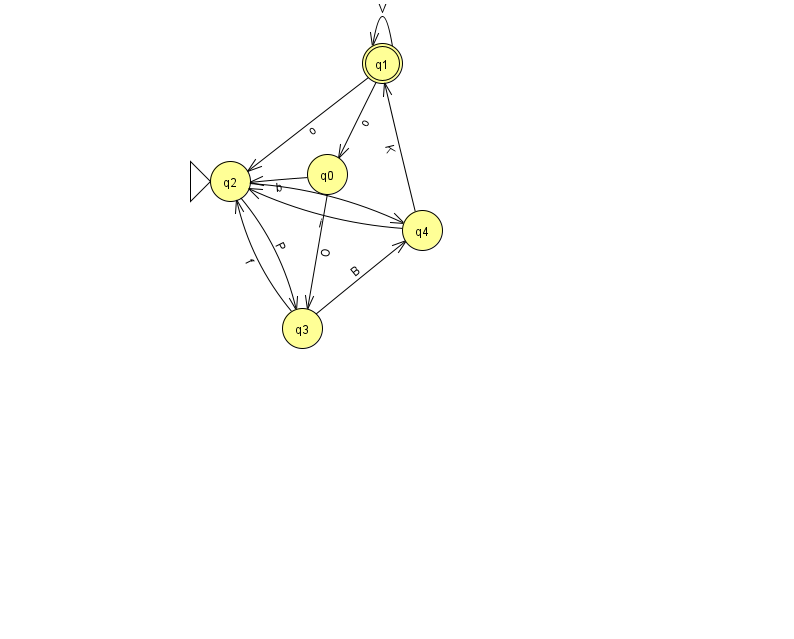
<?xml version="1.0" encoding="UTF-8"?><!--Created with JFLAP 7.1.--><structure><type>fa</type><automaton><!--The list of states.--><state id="0" name="q0"><x>327.0</x><y>161.0</y></state><state id="1" name="q1"><x>382.0</x><y>50.0</y><final/></state><state id="2" name="q2"><x>230.0</x><y>168.0</y><initial/></state><state id="3" name="q3"><x>302.0</x><y>315.0</y></state><state id="4" name="q4"><x>422.0</x><y>217.0</y></state><!--The list of transitions.--><transition><from>1</from><to>0</to><read>o</read></transition><transition><from>4</from><to>1</to><read>K</read></transition><transition><from>3</from><to>4</to><read>B</read></transition><transition><from>4</from><to>2</to><read>i</read></transition><transition><from>1</from><to>1</to><read>V</read></transition><transition><from>1</from><to>2</to><read>o</read></transition><transition><from>0</from><to>2</to><read>b</read></transition><transition><from>0</from><to>3</to><read>O</read></transition><transition><from>2</from><to>4</to><read>w</read></transition><transition><from>3</from><to>2</to><read>f</read></transition><transition><from>2</from><to>3</to><read>P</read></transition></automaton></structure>